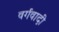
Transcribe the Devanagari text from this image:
वर्गवादी